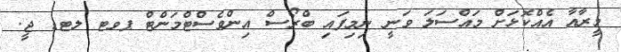
މީރާއާ އެއްކޮޅަށް މައްސަލަ ވަނީ ނިމިފައި ބްރޯސް އިންވެސްޓްމަންޓް ޕވޓ ލޓޑ ޖީ.